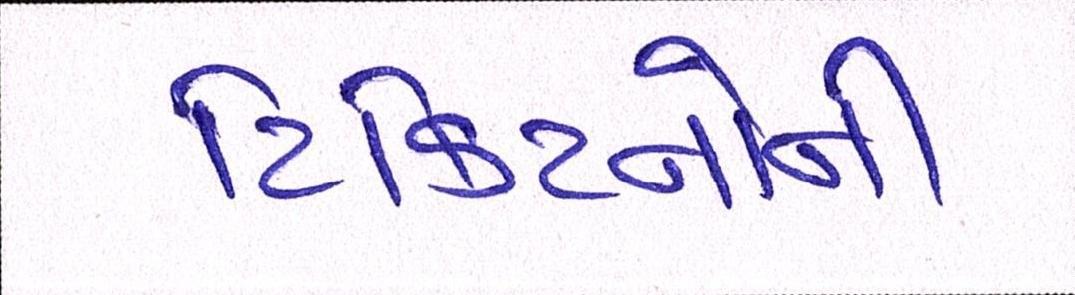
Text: ટિકિટનોની